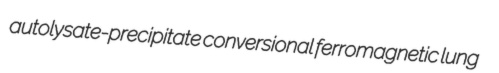
autolysate-precipitate conversional ferromagnetic lung